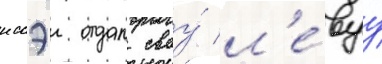
иссэи отдал своу́ л'е́вуу